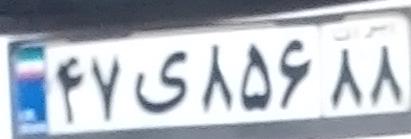
۴۷ی۸۵۶۸۸